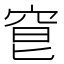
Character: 䆞